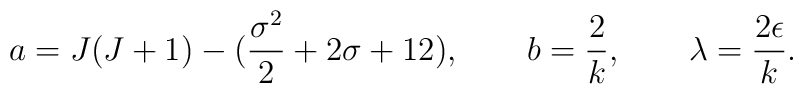
a=J(J+1) - ({\sigma^{2} \over 2} + 2\sigma +12),\qquad b={2 \over k}, \qquad\lambda={2\epsilon \over k}.